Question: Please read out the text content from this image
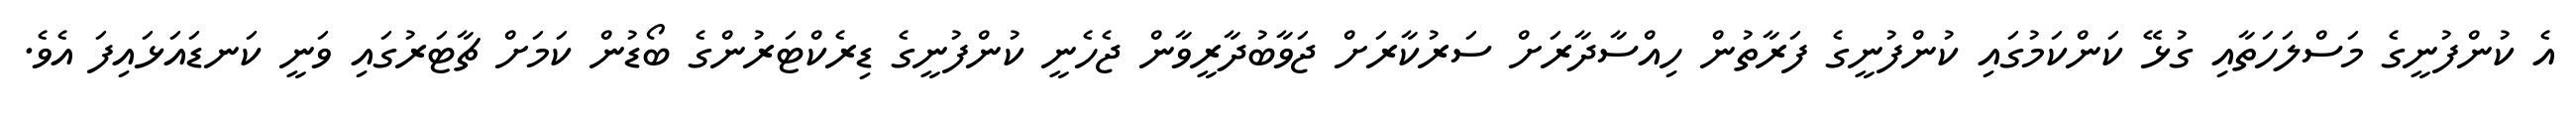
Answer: އެ ކުންފުނީގެ މަސްލަހަތާއި ގުޅޭ ކަންކަމުގައި ކުންފުނީގެ ފަރާތުން ހިއްސާދާރަށް ސަރުކާރަށް ޖަވާބުދާރީވާން ޖެހެނީ ކުންފުނީގެ ޑިރެކްޓަރުންގެ ބޯޑުން ކަމަށް ޗާޓަރުގައި ވަނީ ކަނޑައަޅައިފަ އެވެ.